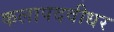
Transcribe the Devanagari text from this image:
कलापदवीधर